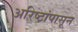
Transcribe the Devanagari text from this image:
अरिष्टांपासून